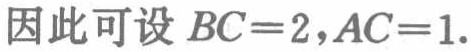
因此可设 \(BC = 2,AC = 1\).